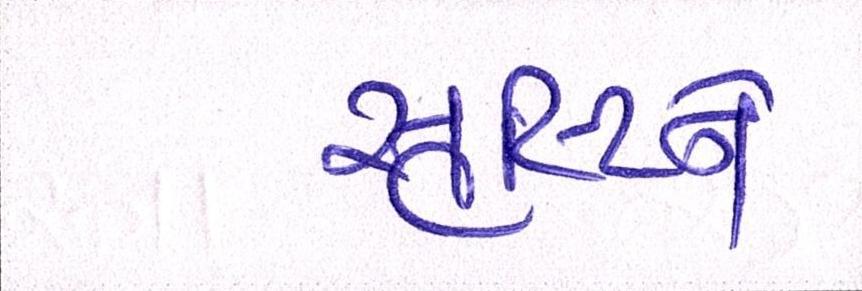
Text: સૃષ્ટિને